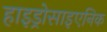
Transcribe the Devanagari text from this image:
हाइड्रोसाइएनिक